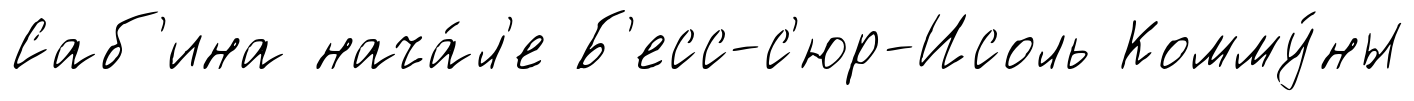
Саб'ина нача́л'е Б'есс-с'юр-Исоль Комму́ны